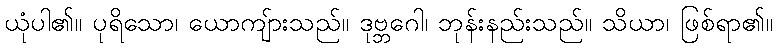
ယုံပါ၏။ ပုရိသော၊ ယောကျ်ားသည်။ ဒုဗ္ဘဂေါ၊ ဘုန်းနည်းသည်။ သိယာ၊ ဖြစ်ရာ၏။